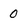
Character: 0